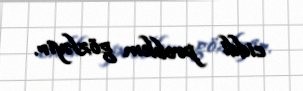
ciddi problem gözləyir.